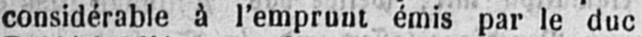
considérable à l’emprunt émis par le duc